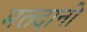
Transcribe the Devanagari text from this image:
मतदानो